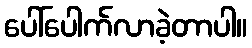
ပေါ်ပေါက်လာခဲ့တာပါ။